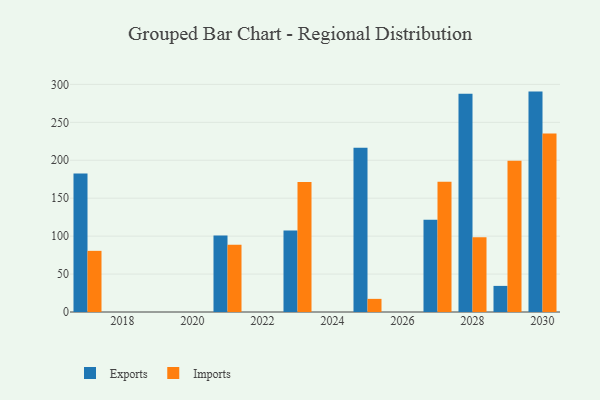
{"axis": {"x": "Year", "y": "Customer Acquisition Cost (USD)"}, "legend": ["Exports", "Imports"], "data": [{"x": "2023", "y": 107.3, "type": "Exports"}, {"x": "2023", "y": 171.2, "type": "Imports"}, {"x": "2029", "y": 34.4, "type": "Exports"}, {"x": "2029", "y": 199.5, "type": "Imports"}, {"x": "2025", "y": 216.6, "type": "Exports"}, {"x": "2025", "y": 17.3, "type": "Imports"}, {"x": "2030", "y": 290.5, "type": "Exports"}, {"x": "2030", "y": 235.2, "type": "Imports"}, {"x": "2021", "y": 100.9, "type": "Exports"}, {"x": "2021", "y": 88.5, "type": "Imports"}, {"x": "2017", "y": 182.7, "type": "Exports"}, {"x": "2017", "y": 80.6, "type": "Imports"}, {"x": "2028", "y": 287.8, "type": "Exports"}, {"x": "2028", "y": 98.4, "type": "Imports"}, {"x": "2027", "y": 121.5, "type": "Exports"}, {"x": "2027", "y": 171.6, "type": "Imports"}]}